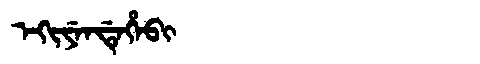
Manchu: ᡝᡴᡳᠶᡝᠨᡩᡝᡥᡝᠪᡳ
Romanization: EKIYENDEHEBI